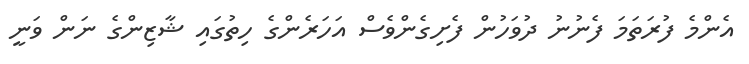
އެންމެ ފުރަތަމަ ފެނުނު ދުވަހުން ފެށިގެންވެސް އަހަރެންގެ ހިތުގައި ޝާޒިންގެ ނަން ވަނީ